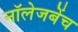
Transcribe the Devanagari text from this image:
नॉलेजबेंच